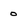
Character: 0